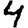
Digit: 4